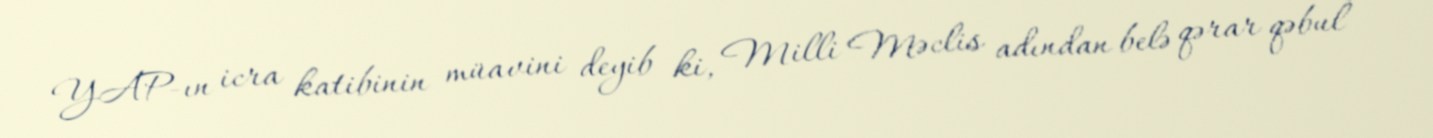
YAP-ın icra katibinin müavini deyib ki, Milli Məclis adından belə qərar qəbul